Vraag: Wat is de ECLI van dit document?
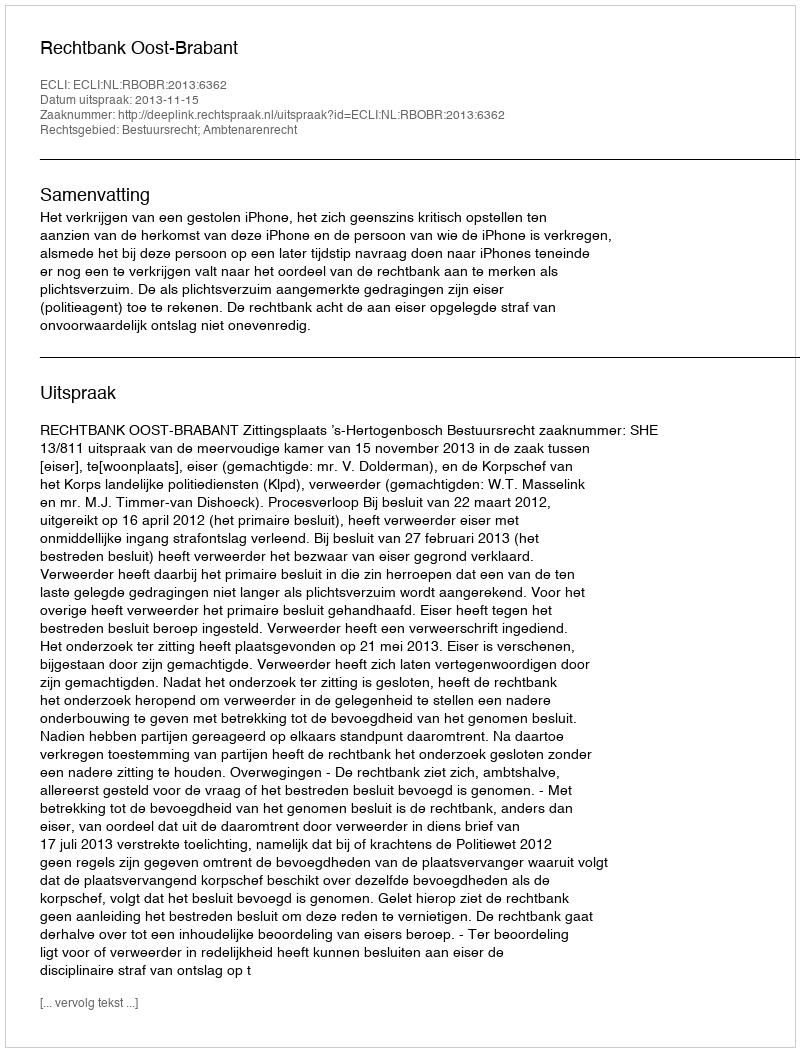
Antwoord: ECLI:NL:RBOBR:2013:6362